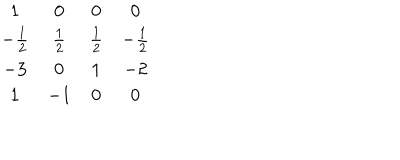
\begin{matrix} { { 1 } } & { { 0 } } & { { 0 } } & { { 0 } } \\ { { - { \frac { 1 } { 2 } } } } & { { { \frac { 1 } { 2 } } } } & { { { \frac { 1 } { 2 } } } } & { { - { \frac { 1 } { 2 } } } } \\ { { - 3 } } & { { 0 } } & { { 1 } } & { { - 2 } } \\ { { 1 } } & { { - 1 } } & { { 0 } } & { { 0 } } \\ \end{matrix}